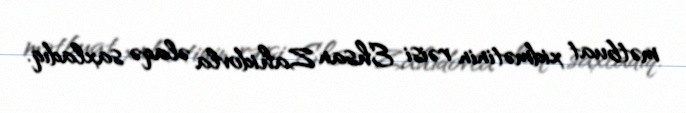
mətbuat xidmətinin rəisi Ehsan Zahidovla əlaqə saxladıq.